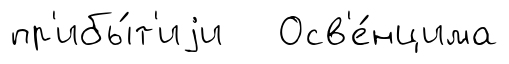
пр'ибы́т'иjи Осв'е́нцима